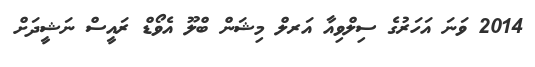
2014 ވަނަ އަހަރުގެ ސިލްވިއާ އަރލް މިޝަން ބްލޫ އެވޯޑް ރައީސް ނަޝީދަށް